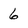
Character: 6